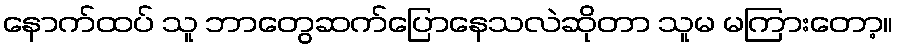
နောက်ထပ် သူ ဘာတွေဆက်ပြောနေသလဲဆိုတာ သူမ မကြားတော့။